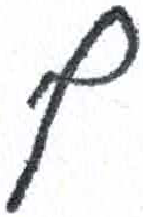
אות: ף